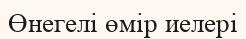
Өнегелі өмір иелері